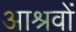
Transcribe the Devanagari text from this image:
आश्रवों